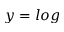
y = l o g